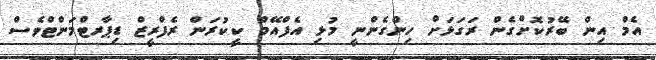
އެމް އިން ބޭރުކޮށްގެން ރަގަޅަށް ހިންގެންނީ މުޅި އެފްއޭމް ކީކުރަން ރެފްރީޒް ޑިޕާރޓްމަންޓްވެސް